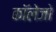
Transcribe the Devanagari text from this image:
काॅलेजो